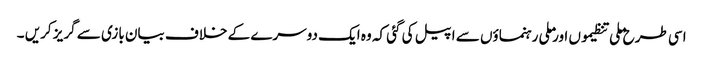
اسی طرح ملی تنظیموں اور ملی رہنماؤں سے اپیل کی گئی کہ وہ ایک دوسرے کے خلاف بیان بازی سے گریز کریں ۔